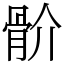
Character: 骱